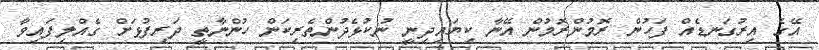
އޭގެ އިރުގަނޑެއް ފަހުން ރޮމުންރޮމުން އޭނާ ކިޔައިދިނީ ނުކުޅެދުންތެރިކަން ހުންނާތީ ދަރިފުޅަށް ގެއްލިފައިވާ